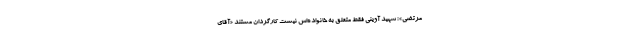
مرتضی» : شهید آوینی فقط متعلق به خانواده‌اش نیست کارگردان مستند «آقای